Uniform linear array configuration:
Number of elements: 48
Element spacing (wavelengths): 0.75
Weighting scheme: exponential
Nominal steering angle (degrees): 45
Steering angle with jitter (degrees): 44.097
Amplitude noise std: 0.05
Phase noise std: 0.05

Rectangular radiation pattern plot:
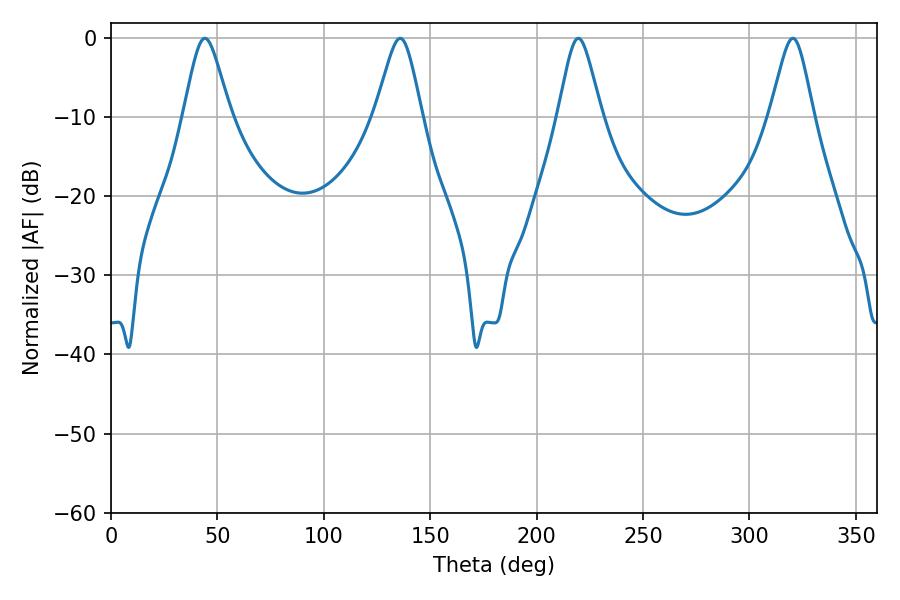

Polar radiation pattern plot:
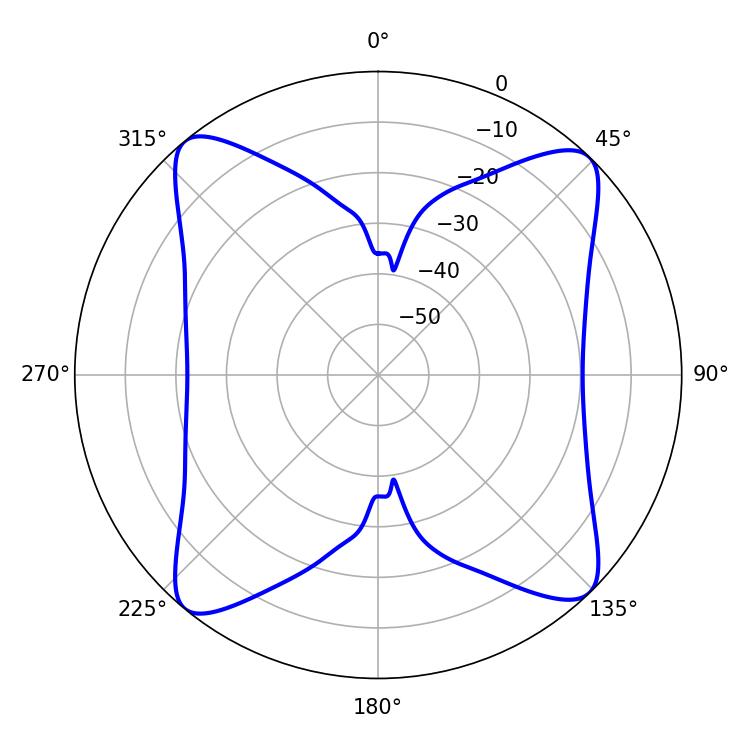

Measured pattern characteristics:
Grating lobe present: TRUE
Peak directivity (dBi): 15.836
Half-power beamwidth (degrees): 10.62
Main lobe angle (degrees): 44.1